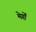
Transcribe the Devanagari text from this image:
मेर्गों